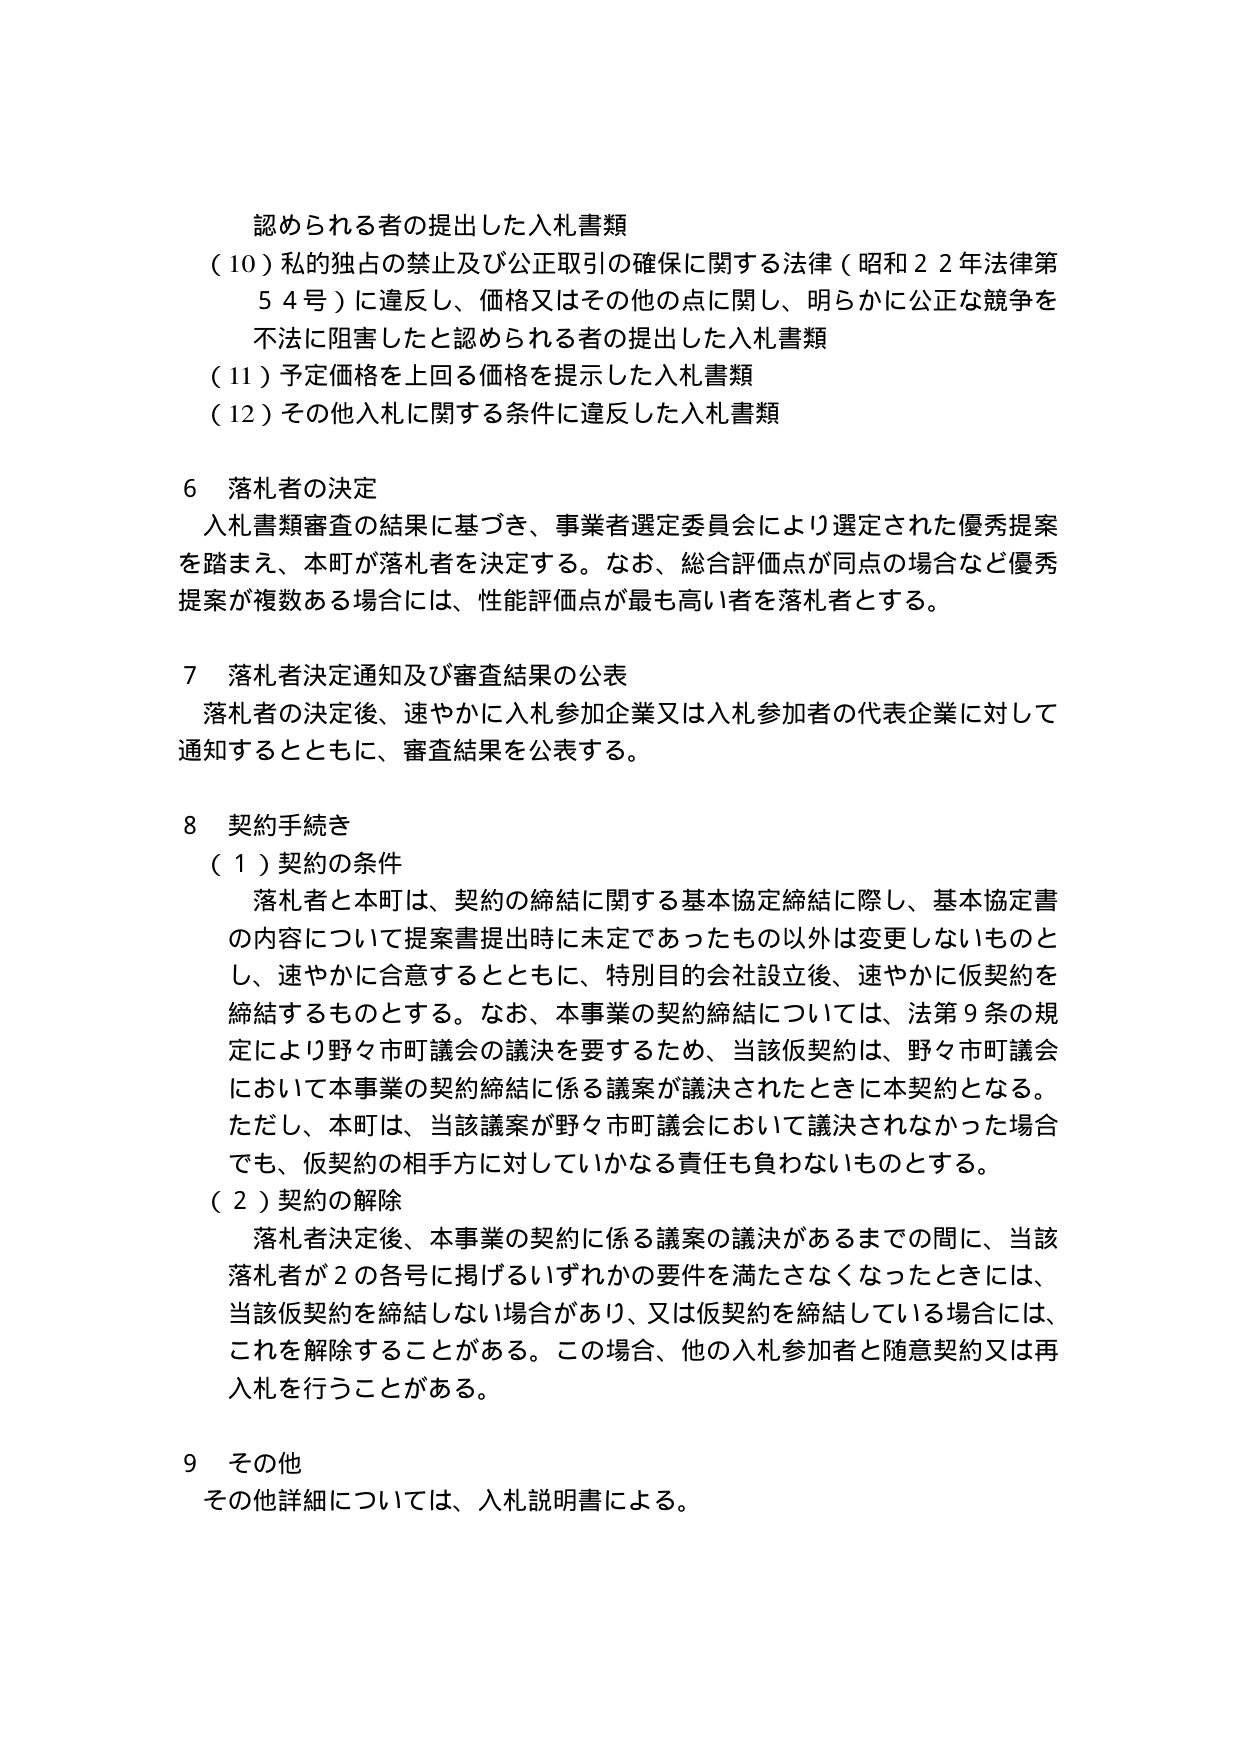
認められる者の提出した入札書類
（10）私的独占の禁止及び公正取引の確保に関する法律（昭和22年法律第54号）に違反し、価格又はその他の点に関し、明らかに公正な競争を不法に阻害したと認められる者の提出した入札書類
（11）予定価格を上回る価格を提示した入札書類
（12）その他入札に関する条件に違反した入札書類

6 落札者の決定
入札書類審査の結果に基づき、事業者選定委員会により選定された優秀提案を踏まえ、本町が落札者を決定する。なお、総合評価点が同点の場合など優秀提案が複数ある場合には、性能評価点が最も高い者を落札者とする。

7 落札者決定通知及び審査結果の公表
落札者の決定後、速やかに入札参加企業又は入札参加者の代表企業に対して通知するとともに、審査結果を公表する。

8 契約手続き
（1）契約の条件
落札者と本町は、契約の締結に関する基本協定締結に際し、基本協定書の内容について提案書提出時に未定であったもの以外は変更しないものとし、速やかに合意するとともに、特別目的会社設立後、速やかに仮契約を締結するものとする。なお、本事業の契約締結については、法第9条の規定により野々市町議会の議決を要するため、当該仮契約は、野々市町議会において本事業の契約締結に係る議案が議決されたときに本契約となる。ただし、本町は、当該議案が野々市町議会において議決されなかった場合でも、仮契約の相手方に対していかなる責任も負わないものとする。
（2）契約の解除
落札者決定後、本事業の契約に係る議案の議決があるまでの間に、当該落札者が2の各号に掲げるいずれかの要件を満たさなくなったときには、当該仮契約を締結しない場合があり、又は仮契約を締結している場合には、これを解除することがある。この場合、他の入札参加者と随意契約又は再入札を行うことがある。

9 その他
その他詳細については、入札説明書による。